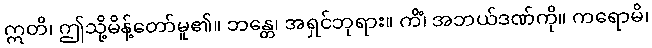
ဣတိ၊ ဤသို့မိန့်တော်မူ၏။ ဘန္တေ၊ အရှင်ဘုရား။ ကိံ၊ အဘယ်ဒဏ်ကို။ ကရောမိ၊